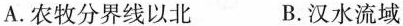
A.农牧分界线以北 B.汉水流域